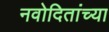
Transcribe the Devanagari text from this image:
नवोदितांच्या